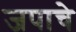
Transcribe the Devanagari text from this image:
जपाचे